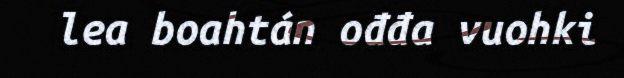
lea boahtán ođđa vuohki